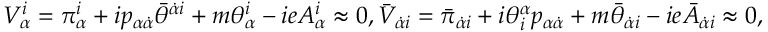
{ \displaystyle V _ { \alpha } ^ { i } = \pi _ { \alpha } ^ { i } + i p _ { \alpha \dot { \alpha } } \bar { \theta } ^ { \dot { \alpha } i } + m \theta _ { \alpha } ^ { i } - i e A _ { \alpha } ^ { i } \approx 0 , \bar { V } _ { \dot { \alpha } i } = \bar { \pi } _ { \dot { \alpha } i } + i \theta _ { i } ^ { \alpha } p _ { \alpha \dot { \alpha } } + m \bar { \theta } _ { \dot { \alpha } i } - i e \bar { A } _ { \dot { \alpha } i } \approx 0 , }